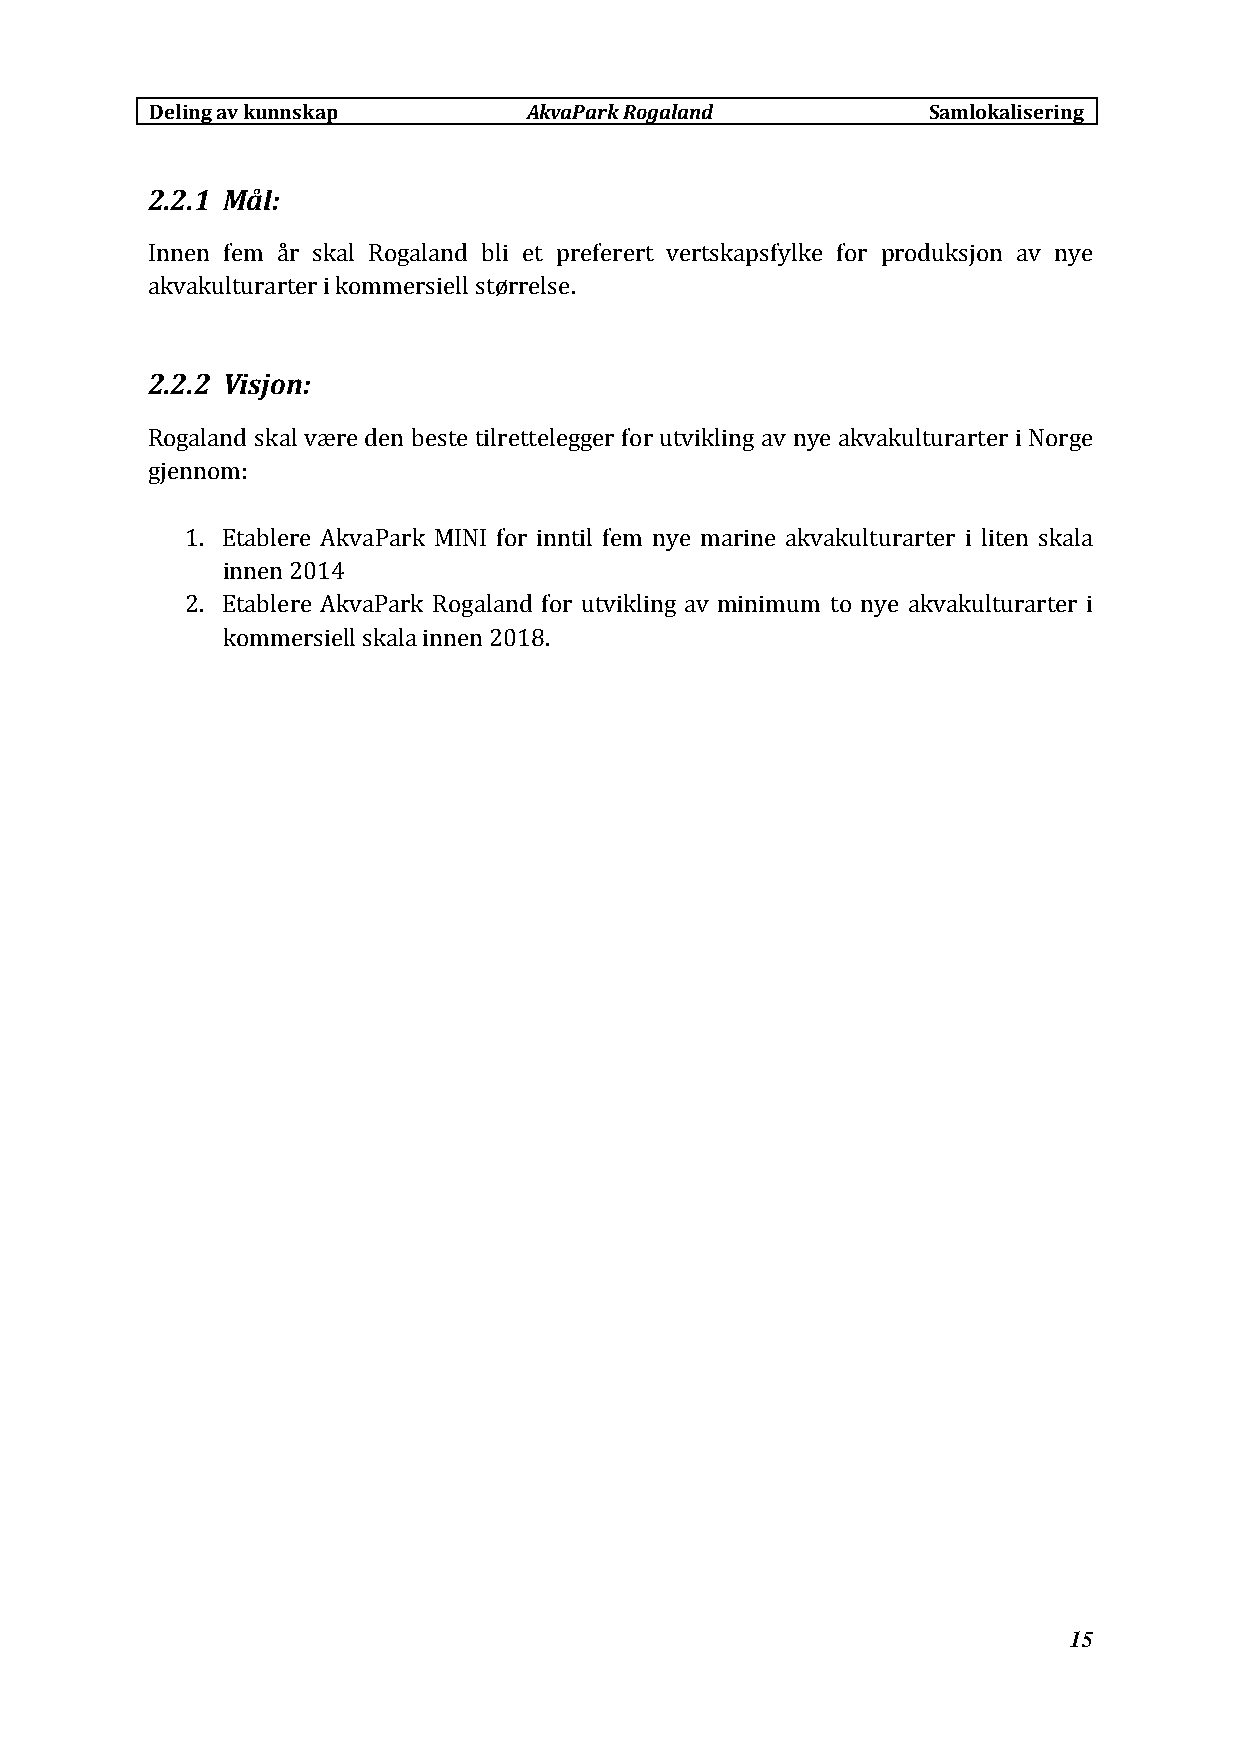
Deling av kunnskap       AkvaParkRogaland          Samlokalisering
 2.2.1 Mål:
 Innen fem år skal Rogaland bli et preferert vertskapsfylke for produksjon av nye
 akvakulturarter i kommersiell størrelse.
 2.2.2 Visjon:
 Rogaland skal være den beste tilrettelegger for utvikling av nye akvakulturarter i Norge
 gjennom:
 1. Etablere AkvaPark MINI for inntil fem nye marine akvakulturarter i liten skala
 innen 2014
 2. Etablere AkvaPark Rogaland for utvikling av minimum to nye akvakulturarter i
 kommersiell skala innen 2018.
 15